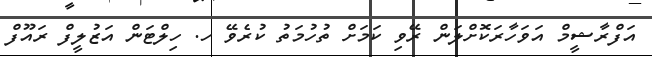
އަފްރާޝީމް އަވަހާރަކޮށްލަން ރޭވި ކަމަށް ތުހުމަތު ކުރެވޭ ހ. ހިލްޓަން އަޒުލީފް ރައޫފް